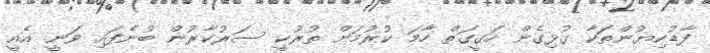
ފާޑުކިޔުންތަކާ ގުޅިގެން ހަގީގަތް ހާމަ ކުރުމަށް ތުރުކީ ސަރުކާރުން ބުނެފައި ވަނީ އެއީ